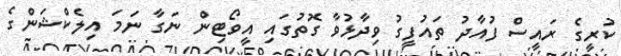
ކުރީގެ ރައީސް ފުއާދު ތައުފީގު ވިދާޅުވާ ގޮތުގައި އީވޯޓިން ނަގާ ނަމަ އިލެކްޝަންގެ